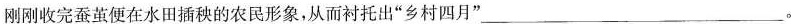
刚刚收完蚕茧便在水田插秧的农民形象，从而衬托出“乡村四月”___。